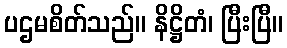
ပဌမစိတ်သည်။ နိဋ္ဌိတံ၊ ပြီးပြီ။